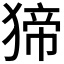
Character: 𤟾